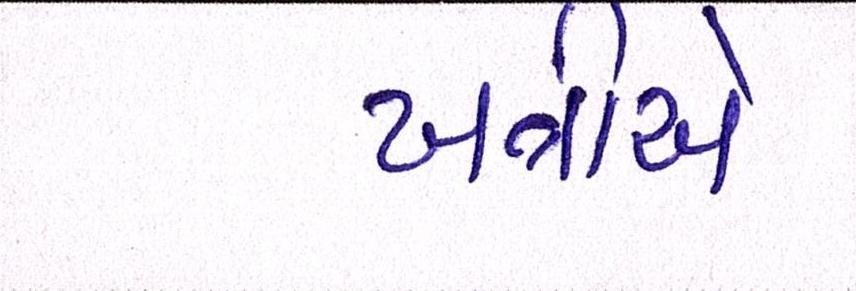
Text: ખત્રીએ